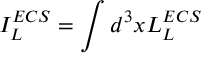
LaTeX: I _ { L } ^ { E C S } = \int d ^ { 3 } x { \cal L } _ { L } ^ { E C S }